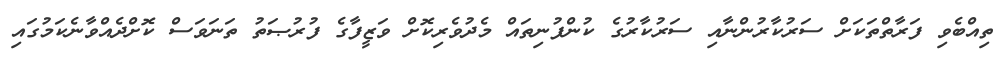
ތިއްބެވި ފަރާތްތަކަށް ސަރުކާރުންނާއި ސަރުކާރުގެ ކުންފުނިތައް މެދުވެރިކޮށް ވަޒީފާގެ ފުރުޞަތު ތަނަވަސް ކޮށްދެއްވާނެކަމުގައި